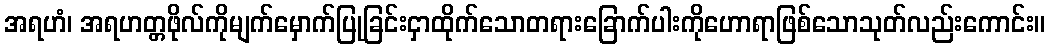
အရဟံ၊ အရဟတ္တဖိုလ်ကိုမျက်မှောက်ပြုခြင်းငှာထိုက်သောတရားခြောက်ပါးကိုဟောရာဖြစ်သောသုတ်လည်းကောင်း။